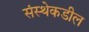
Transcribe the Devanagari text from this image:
संस्थेकडील